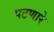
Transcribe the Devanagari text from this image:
पटणारे